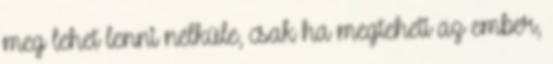
meg lehet lenni nélküle, csak ha megteheti az ember,